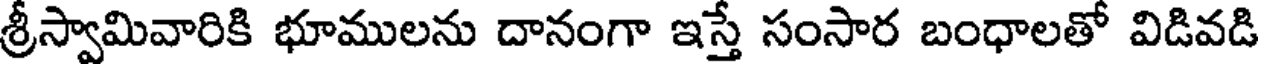
శ్రీస్వామివారికి భూములను దానంగా ఇస్తే సంసార బంధాలతో విడివడి